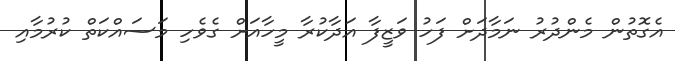
އެގޮތުން މެންދުރު ނަމާދަށް ފަހު ވަޒީފާ އަދާކުރާ މީހާއަށް ގެވެހި މަސައްކަތް ކުރުމާއި